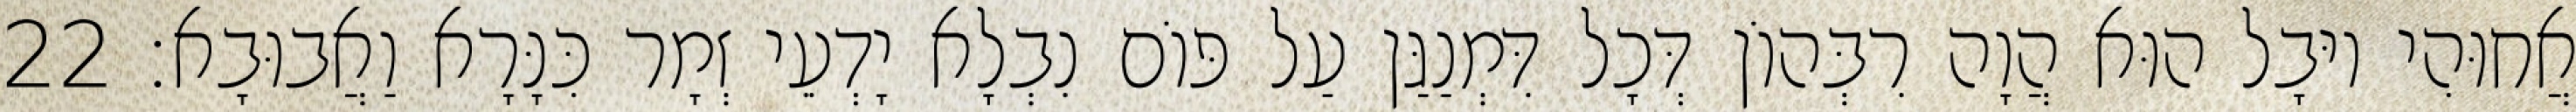
אֲחוּהִי יוּבָל הוּא הֲוָה רִבְּהוֹן דְּכָל דִּמְנַגַּן עַל פּוֹם נִבְלָא יָדְעֵי זְמָר כִּנָּרָא וַאֲבוּבָא׃ 22